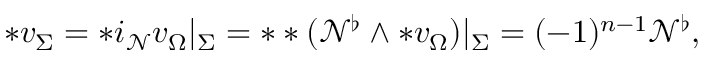
\ast v _ { \Sigma } = \ast i _ { \mathcal { N } } v _ { \Omega } | _ { \Sigma } = \ast \ast ( \mathcal { N } ^ { \flat } \wedge \ast v _ { \Omega } ) | _ { \Sigma } = ( - 1 ) ^ { n - 1 } \mathcal { N } ^ { \flat } ,